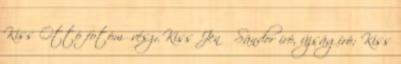
Kiss Ottó fotóművész; Kiss Jenő Sándor író, újságíró; Kiss